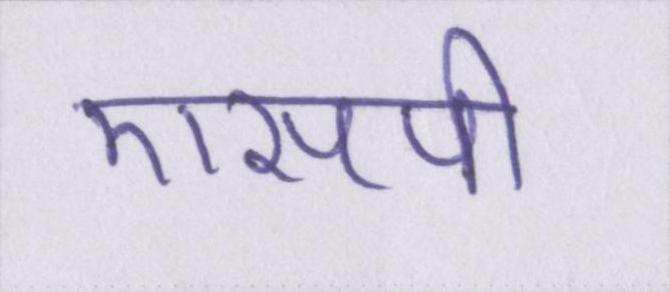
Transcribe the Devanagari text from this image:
एसपी